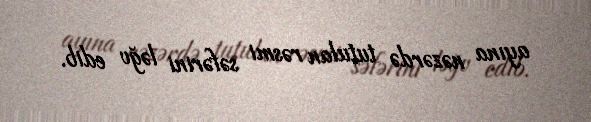
ayına nəzərdə tutulan rəsmi səfərini ləğv edib.